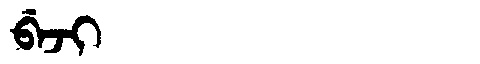
Manchu: ᠪᡝᠵᡳ
Romanization: BEJI